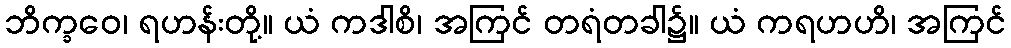
ဘိက္ခဝေ၊ ရဟန်းတို့။ ယံ ကဒါစိ၊ အကြင် တရံတခါ၌။ ယံ ကရဟဟိ၊ အကြင်